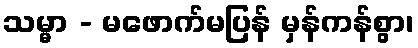
သမ္မာ - မဖောက်မပြန် မှန်ကန်စွာ၊